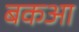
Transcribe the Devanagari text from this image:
बकआ